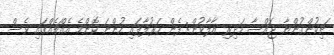
ޗިކުންގުންޔާ ޖައްސާ މަދިރި އާލާވުން: ފެން ހަރުލާފައި ހުންނަ ކޮންމެ އެއްޗެއްގައި ވެސް